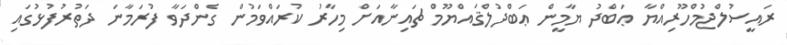
ރައީސުލްޖުމްހޫރިއްޔާ ޢަބްދު ޔާމީން ޢަބްދުލްޤައްޔޫމް ޗައިނާއަށް މިހާރު ކުރައްވަމުން ގެންދަވާ ފުރަމާނަ ދަތުރުފުޅުގައި